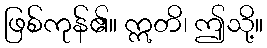
ဖြစ်ကုန်၏။ ဣတိ၊ ဤသို့။